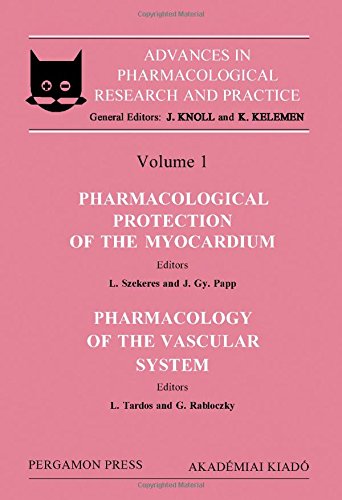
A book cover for Pharmacological Protection of the Myocardium, Section 1: Pharmacology of the Vascular System, Section 2 (Advances in Pharmacological Research and Pr); L. Szekers; Medical Books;